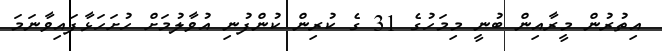
އިތުރުން މީރާއިން ބުނީ މިމަހުގެ 31 ގެ ކުރިން ކުންފުނި އުވާލުމަށް ހުށަހަޅާފައިވާނަމަ